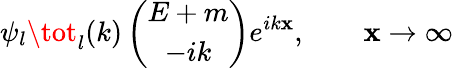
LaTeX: \psi_{l}\tot_{l}(k)\left(\begin{array}{c}{{E+m}}\\ {{-ik}}\end{array}\right)e^{ik\mathbf{x}},\qquad\mathbf{x}\to\infty